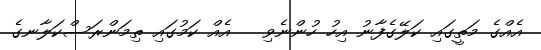
އެއްގެ މަތީގައި ކަލޭގެފާނު އިހު ހުންނެވި   އެއް ކަމުގައި ތިމަންރަސްކަލާނގެ